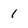
Character: 1